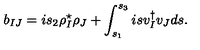
b _ { I J } = i s _ { 2 } \rho _ { I } ^ { \star } \rho _ { J } + \int _ { s _ { 1 } } ^ { s _ { 3 } } i s v _ { I } ^ { \dagger } v _ { J } d s .